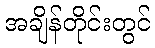
အချိန်တိုင်းတွင်